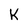
Character: K